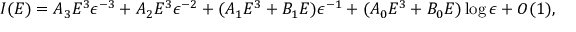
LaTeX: I ( E ) = A _ { 3 } E ^ { 3 } \epsilon ^ { - 3 } + A _ { 2 } E ^ { 3 } \epsilon ^ { - 2 } + ( A _ { 1 } E ^ { 3 } + B _ { 1 } E ) \epsilon ^ { - 1 } + ( A _ { 0 } E ^ { 3 } + B _ { 0 } E ) \log \epsilon + O ( 1 ) ,